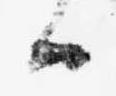
ハ